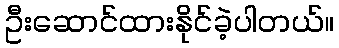
ဦးဆောင်ထားနိုင်ခဲ့ပါတယ်။